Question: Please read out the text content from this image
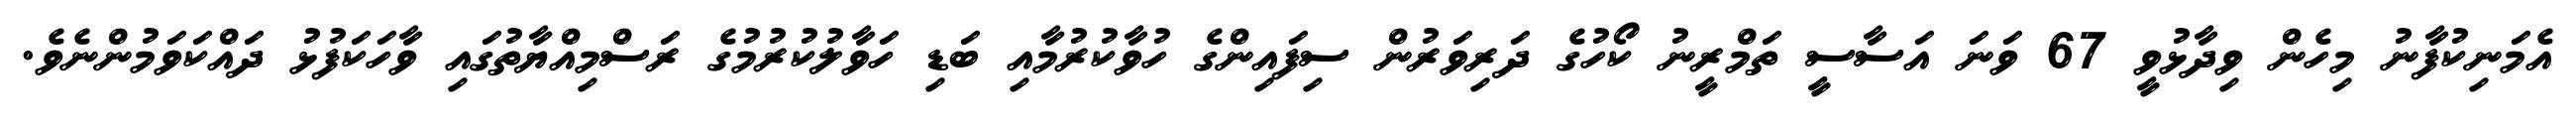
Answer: އެމަނިކުފާނު މިހެން ވިދާޅުވީ 67 ވަނަ އަސާސީ ތަމްރީނު ކޯހުގެ ދަރިވަރުން ސިފައިންގެ ހުވާކުރުމާއި ބަޑި ހަވާލުކުރުމުގެ ރަސްމިއްޔާތުގައި ވާހަކަފުޅު ދައްކަވަމުންނެވެ.